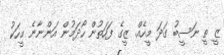
ޒީ ތީ ނަސީބު ގަދަ މީހެއް. ޒީގެ ފަހަތުން ހޯދަމުން އަންނާނެ މީހަކު